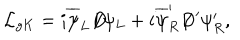
LaTeX: { \cal L } _ { g K } = i \overline { { { \psi } } } _ { L } D \! \! \! \! / \psi _ { L } + i \overline { { { \psi } } } _ { R } ^ { \prime } D \! \! \! \! / \, ^ { \prime } \psi _ { R } ^ { \prime } ,